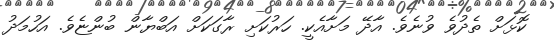
ކޮޅަށް ތެދުވެ ވުނެވެ. އާދޭ މަށާއެކީ. ހަރުކަށި ރާގަކަށް އަބްޔާން ބުންޏެވެ. އަހުމަދު